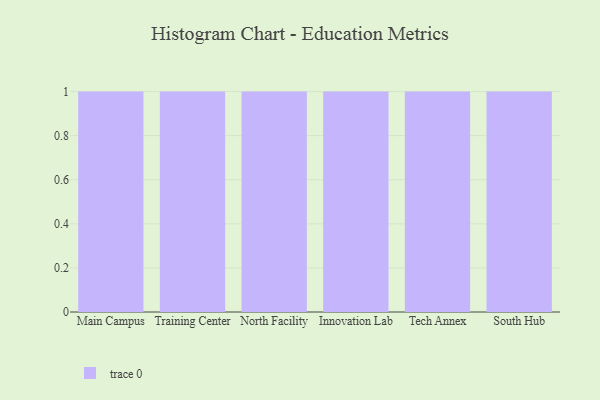
{"axis": {"x": "Campus", "y": "Humidity (%)"}, "legend": [""], "data": [{"x": "Main Campus", "y": 19, "type": ""}, {"x": "Training Center", "y": 67, "type": ""}, {"x": "North Facility", "y": 64, "type": ""}, {"x": "Innovation Lab", "y": 17, "type": ""}, {"x": "Tech Annex", "y": 53, "type": ""}, {"x": "South Hub", "y": 63, "type": ""}]}